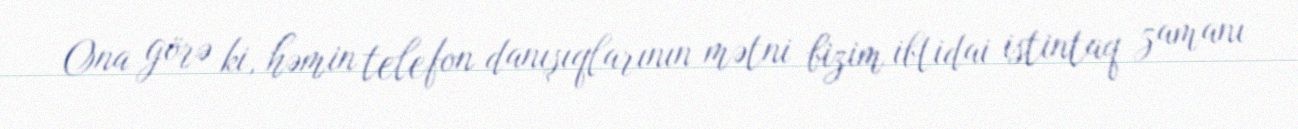
Ona görə ki, həmin telefon danışıqlarının mətni bizim ibtidai istintaq zamanı